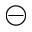
\circleddash